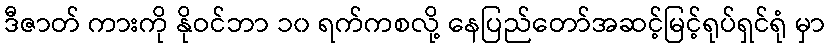
ဒီဇာတ် ကားကို နိုဝင်ဘာ ၁၀ ရက်ကစလို့ နေပြည်တော်အဆင့်မြင့်ရုပ်ရှင်ရုံ မှာ